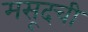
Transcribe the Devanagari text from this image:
मसूदची